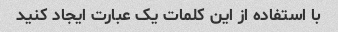
با استفاده از این کلمات یک عبارت ایجاد کنید